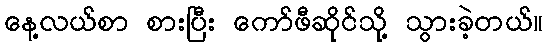
နေ့လယ်စာ စားပြီး ကော်ဖီဆိုင်သို့ သွားခဲ့တယ်။